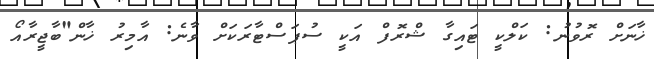
ޚާނަށް ރޮވުނު: ކަލްކީ ޓައިގާ ޝްރޮފް އަކީ ސުޕަސްޓާރަކަށް ވާނެ: އާމިރު ޚާން"ބާޖީރާއޯ